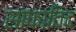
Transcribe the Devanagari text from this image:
साफाविद